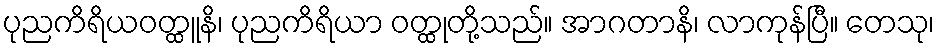
ပုညကိရိယဝတ္ထူနိ၊ ပုညကိရိယာ ဝတ္ထုတို့သည်။ အာဂတာနိ၊ လာကုန်ပြီ။ တေသု၊